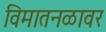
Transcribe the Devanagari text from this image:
विमातनळावर